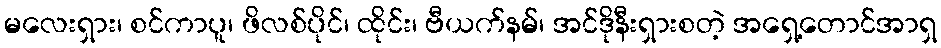
မလေးရှား၊ စင်ကာပူ၊ ဖိလစ်ပိုင်၊ ထိုင်း၊ ဗီယက်နမ်၊ အင်ဒိုနီးရှားစတဲ့ အရှေ့တောင်အာရှ